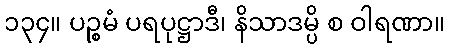
၁၃၄။ ပဉ္စမံ ပရပုဋ္ဌာဒီ၊ နိသာဒမ္ပိ စ ဝါရဏာ။